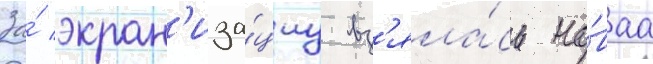
За́ экран'иза́циу вз'яла́сь но́ваа